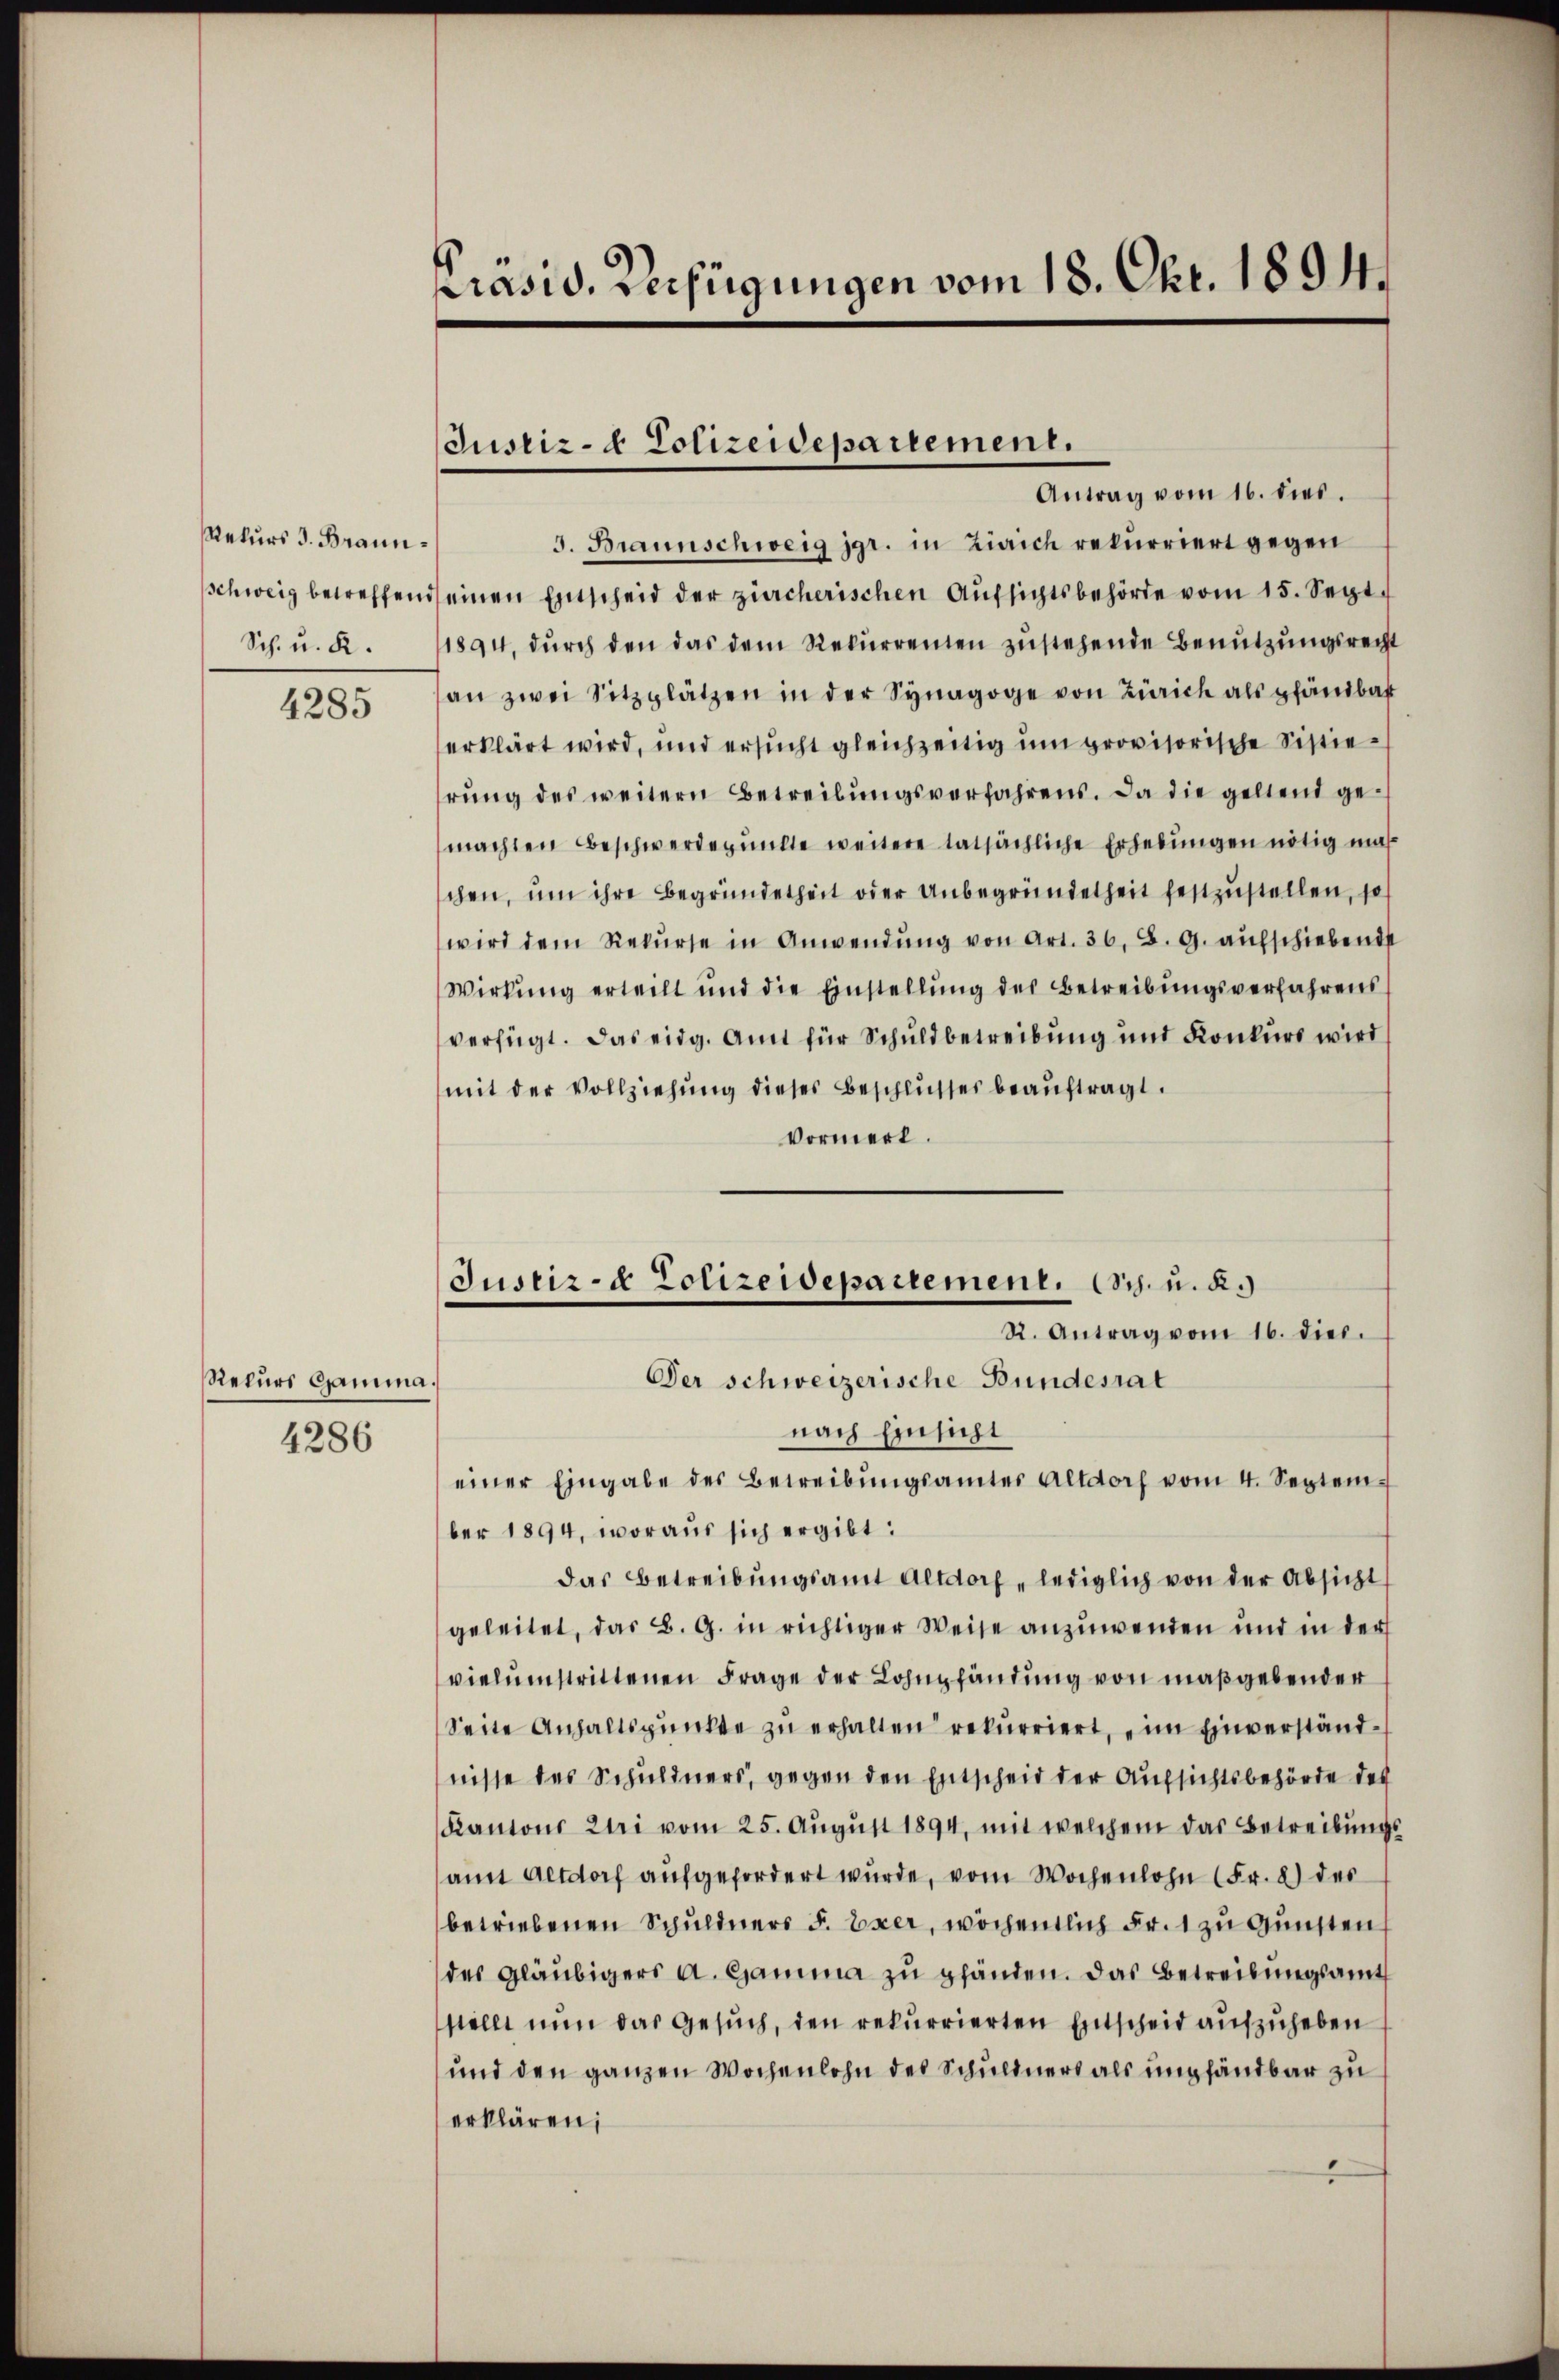
Rekurs d. Braunschweiz betreffen.
Sch. u. K.

4285

Rekurs Gamina.
4286

Präsid. Verfügungen vom 18. Okt. 1894.

Justiz- & Polizeidepartement.

Justiz- & Polizeidepartement. c. u. R.
Der schweizerische Bundesrat

Antrag vom 16. dies.
3. Braunschweig igr. in Zürich rekurriert gegen
 einen Entscheid der zürcherischen Aŭfsichtsbehörde vom 15. Sept.
1894, dŭrch den das dem Rekurrenten zustehende Benutzungsrecht
an zwei Sitzplätzen in der Synagoge von Zürich als pfändbar
erklärt wird, und ersucht gleichzeitig um provisorische Sistierŭng des weitern Betreibŭngsverfahrens. Da die geltend gemachten Beschwerdepŭnkte weitere tatsächliche Erhebungen nötig mas
schen, um ihre Begründetheit oder Unbegründetheit festzustellen, so s
wird dem Rekŭrse in Anwendŭng von Art. 36. B. G. aufschiebendst
Wirkung erteilt und die Einstellŭng des Betreibungsverfahrens
verfügt. Das eidg. Amt für Schuldbetreibung und Konkurs wird
mit der Vollziehung dieses Beschlusses beauftragt.
Vormert.
R. Antrag vom 16. dies.
nach Einsicht
einer Eingabe des Betreibŭngsamtes Altdorf vom 4. September 1894, woraus sich ergibt:
das Betreibungsamt Altdorf, lediglich von der Absicht
geleitet, das B. G. in richtiger Weise anzuwenden und in der
vielumstrittenen Frage der Lohnpfändung von maßgebender
Seite Anhaltspunkte zu erhalten rekurriert, im Einverständnisse des Schuldners, gegen den Entscheid der Aufsichtsbehörde des
Kantons Zuri vom 25. Aŭgŭst 1894, mit welchem das Betreibŭngs-
am Altdorf aufgefordert wurde, vom Wochenlohn (Fr. 2) des
betriebenen Schuldners S. Exer, wöchentlich Fr. 1 zu Gunsten
des Gläubigers A. Gamma zu gländen. Das Betreibungsamt
stellt nun das Gesuch, den rekurrierten Entscheid aufzuheben
und den ganzen Wochenlohn des Schuldners als empfändbar zu
erklären;